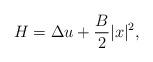
LaTeX: \begin{align*}H=\Delta u+\frac{B}{2}|x|^2,\end{align*}